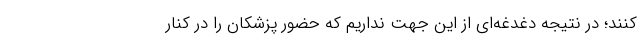
کنند؛ در نتیجه دغدغه‌ای از این جهت نداریم که حضور پزشکان را در کنار